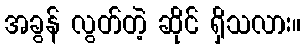
အခွန် လွတ်တဲ့ ဆိုင် ရှိသလား။